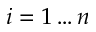
i = 1 \ldots n